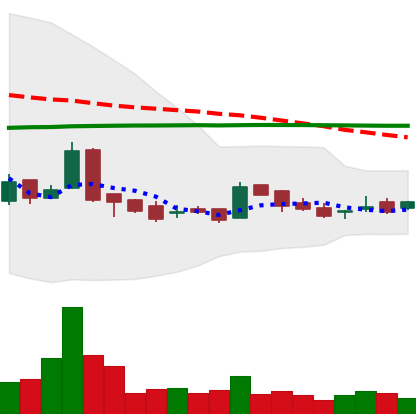
Ticker: LTC-USD
Chart end date: 2016-02-12
Forward return: 4.151%
Label: up_3_5